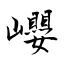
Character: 巊